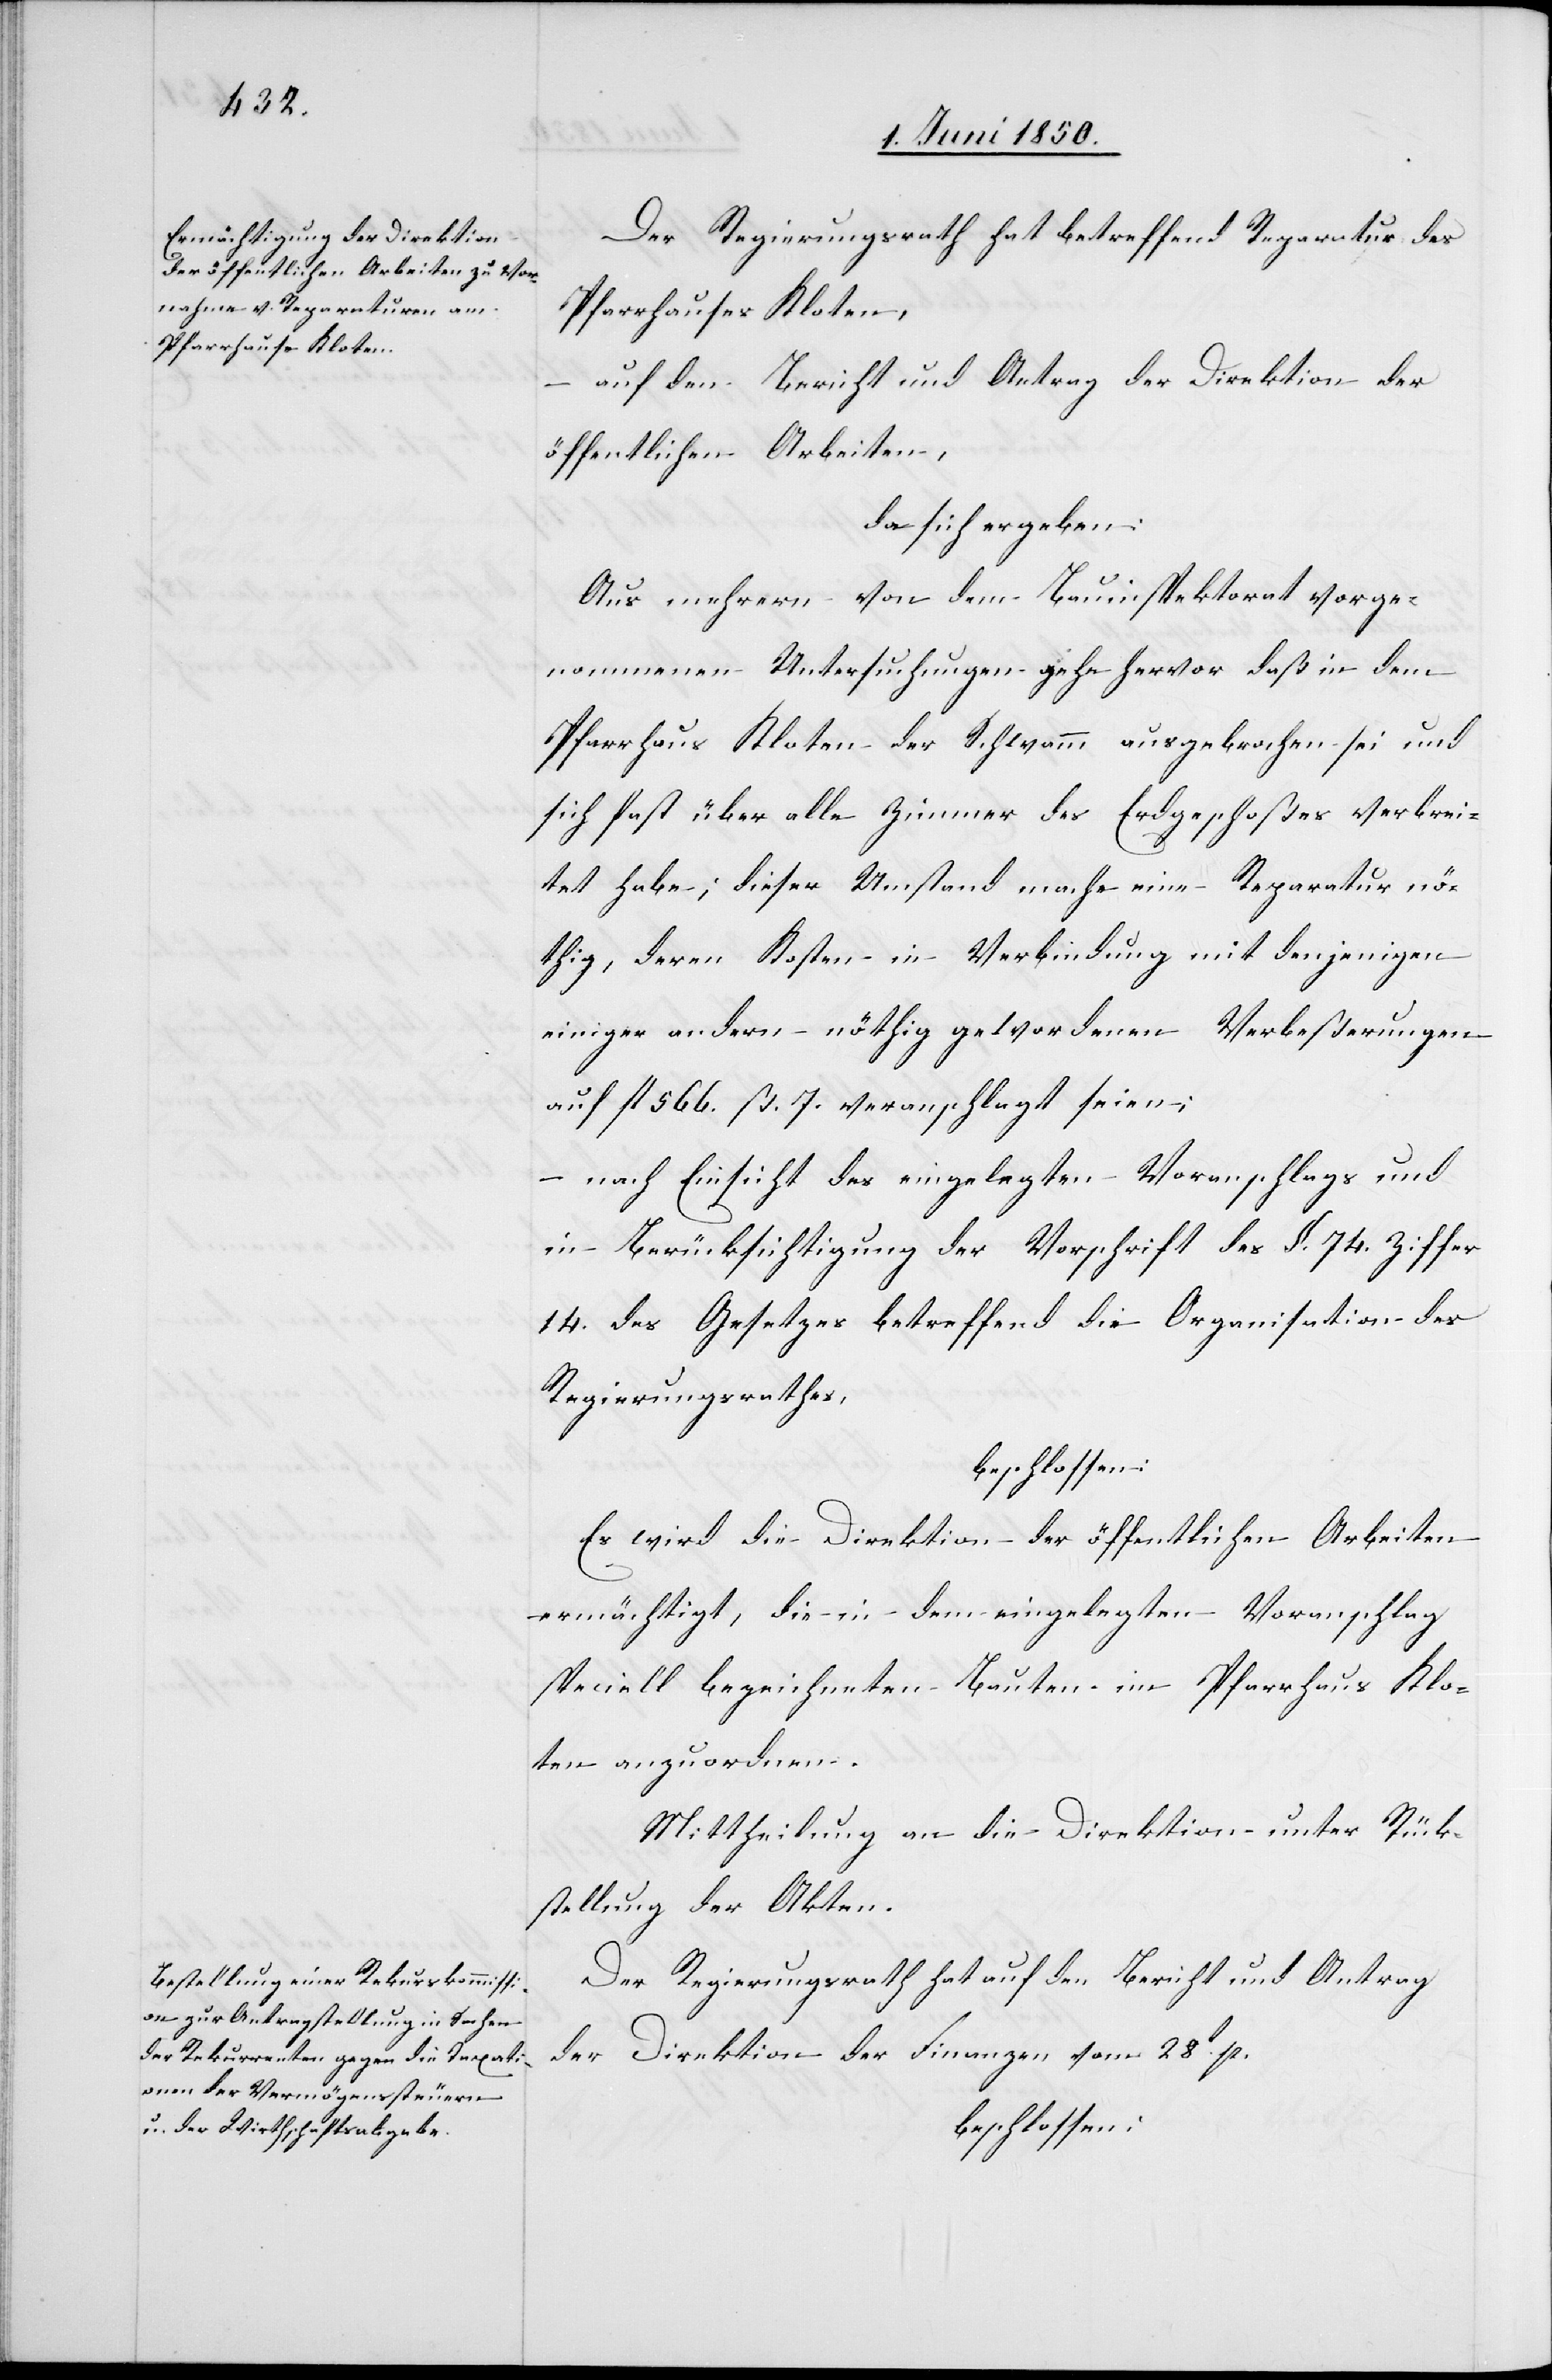
Der Regierungsrath hat betreffend Reparatur des
Pfarrhauses Kloten,
auf den Bericht und Antrag der Direktion der
öffentlichen Arbeiten,
da sich ergeben:
Aus mehrern von dem Bauinspektorat vorge¬
nommenen Untersuchungen gehe hervor daß in dem
Pfarrhaus Kloten der Schwamm ausgebrochen sei und
sich fast über alle Zimmer des Erdgeschoßes verbrei¬
tet habe; dieser Umstand mache eine Reparatur nö¬
thig, deren Kosten in Verbindung mit denjenigen
einiger andern nöthig gewordenen Verbeßerungen
auf fl 566. ß. 7. veranschlagt seien;
– nach Einsicht des eingelegten Voranschlags und
in Berücksichtigung der Vorschrift des §. 74. Ziffer
14. des Gesetzes betreffend die Organisation des
Regierungsrathes,
beschlossen:
Es wird die Direktion der öffentlichen Arbeiten
ermächtigt, die in dem eingelegten Voranschlag
specielle bezeichneten Bauten im Pfarrhaus Klo¬
ten anzuordnen.
Mittheilung an die Direktion unter Rück¬
stellung der Akten.
Der Regierungsrath hat auf den Bericht und Antrag
der Direktion der Finanzen vom 28t p.
beschlossen: